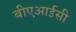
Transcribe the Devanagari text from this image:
बीएआईसी